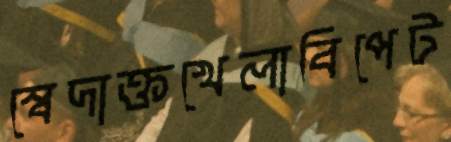
স্বেদাক্তখেলাবিপেট